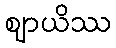
ဈာယိဿ